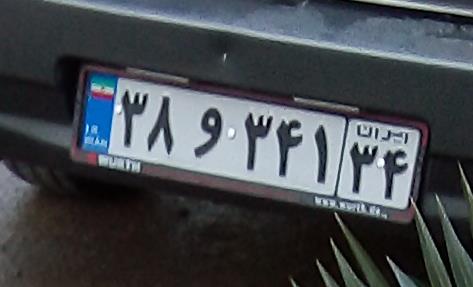
۳۸و۲۴۱۳۴